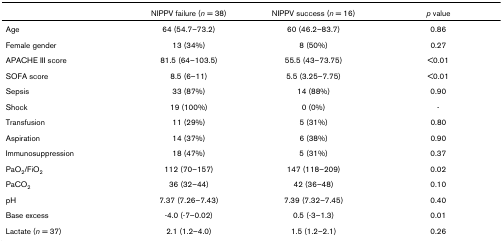
|  | NIPPV failure (n = 38) | NIPPV success (n = 16) | p value |
 | --- | --- | --- | --- |
 | Age | 64 (54.7–73.2) | 60 (46.2–83.7) | 0.86 |
 | Female gender | 13 (34%) | 8 (50%) | 0.27 |
 | APACHE III score | 81.5 (64–103.5) | 55.5 (43–73.75) | <0.01 |
 | SOFA score | 8.5 (6–11) | 5.5 (3.25–7.75) | <0.01 |
 | Sepsis | 33 (87%) | 14 (88%) | 0.90 |
 | Shock | 19 (100%) | 0 (0%) | - |
 | Transfusion | 11 (29%) | 5 (31%) | 0.80 |
 | Aspiration | 14 (37%) | 6 (38%) | 0.90 |
 | Immunosuppression | 18 (47%) | 5 (31%) | 0.37 |
 | PaO2/FiO2 | 112 (70–157) | 147 (118–209) | 0.02 |
 | PaCO2 | 36 (32–44) | 42 (36–48) | 0.10 |
 | pH | 7.37 (7.26–7.43) | 7.39 (7.32–7.45) | 0.40 |
 | Base excess | -4.0 (-7–0.02) | 0.5 (-3–1.3) | 0.01 |
 | Lactate (n = 37) | 2.1 (1.2–4.0) | 1.5 (1.2–2.1) | 0.26 |